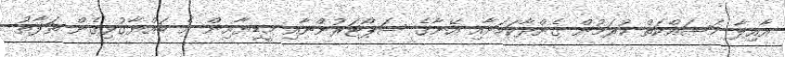
އާއިލާ މަސައްކަތް ކުރަމުން ގެންދާކަމަށާއި އޭނާގެ ސަޕޯޓަރުންނާއި މީޑިޔާއިން އެ ބައްޔާގުޅިގެން ތަފާތު